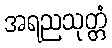
အရညသုတ္တံ